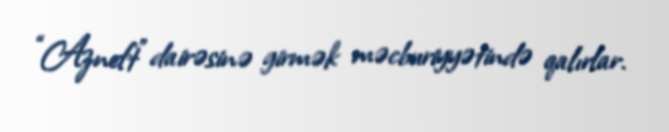
“Azneft” dairəsinə girmək məcburiyyətində qalırlar.